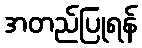
အတည်ပြုရန်